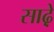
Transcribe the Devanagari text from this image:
साढ़़ेे